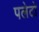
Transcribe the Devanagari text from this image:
पलेटो